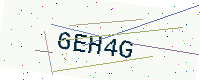
Text: 6EH4G